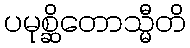
ပမုစ္ဆိတောသ္မီတိ